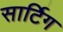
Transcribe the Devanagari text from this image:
सार्टिग